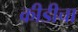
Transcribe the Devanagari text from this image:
कीडीचा